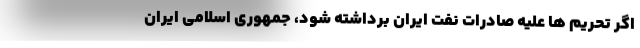
اگر تحریم ها علیه صادرات نفت ایران برداشته شود، جمهوری اسلامی ایران